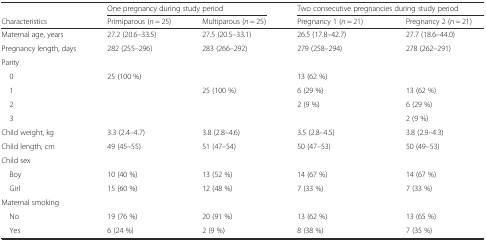
|  | <COLSPAN=2> One pregnancy during study period | <COLSPAN=2> Two consecutive pregnancies during study period |
 | Characteristics | Primiparous (n = 25) | Multiparous (n = 25) | Pregnancy 1 (n = 21) | Pregnancy 2 (n = 21) |
 | --- | --- | --- | --- | --- |
 | Maternal age, years | 27.2 (20.6–33.5) | 27.5 (20.5–33.1) | 26.5 (17.8–42.7) | 27.7 (18.6–44.0) |
 | Pregnancy length, days | 282 (255–296) | 283 (266–292) | 279 (258–294) | 278 (262–291) |
 | <COLSPAN=5> Parity |
 | 0 | 25 (100 %) |  | 13 (62 %) |  |
 | 1 |  | 25 (100 %) | 6 (29 %) | 13 (62 %) |
 | 2 |  |  | 2 (9 %) | 6 (29 %) |
 | 3 |  |  |  | 2 (9 %) |
 | Child weight, kg | 3.3 (2.4–4.7) | 3.8 (2.8–4.6) | 3.5 (2.8–4.5) | 3.8 (2.9–4.3) |
 | Child length, cm | 49 (45–55) | 51 (47–54) | 50 (47–53) | 50 (49–53) |
 | <COLSPAN=5> Child sex |
 | Boy | 10 (40 %) | 13 (52 %) | 14 (67 %) | 14 (67 %) |
 | Girl | 15 (60 %) | 12 (48 %) | 7 (33 %) | 7 (33 %) |
 | <COLSPAN=5> Maternal smoking |
 | No | 19 (76 %) | 20 (91 %) | 13 (62 %) | 13 (65 %) |
 | Yes | 6 (24 %) | 2 (9 %) | 8 (38 %) | 7 (35 %) |